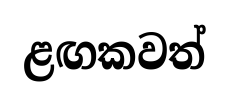
ළඟකවත්